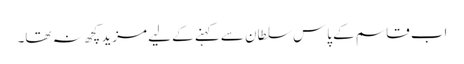
اب قاسم کے پاس سلطان سے کہنے کے لیے مزید کچھ نہ تھا۔